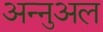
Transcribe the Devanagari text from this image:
अन्नुअल